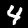
Label: 4